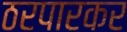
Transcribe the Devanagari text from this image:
ठरपारकर